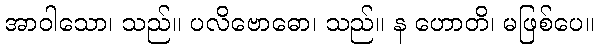
အာဝါသော၊ သည်။ ပလိဗောဓော၊ သည်။ န ဟောတိ၊ မဖြစ်ပေ။